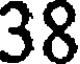
38